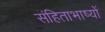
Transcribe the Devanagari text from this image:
संहिताभाष्यों